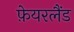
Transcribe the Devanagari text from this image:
फ़ेयरलैंड